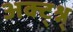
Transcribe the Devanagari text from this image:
अक्ट्श्न्